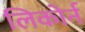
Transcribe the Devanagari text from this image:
लिकोर्न